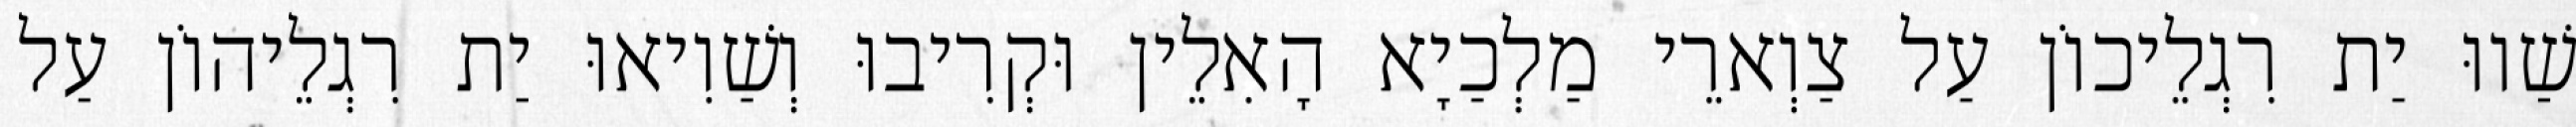
שַׁווּ יַת רִגְלֵיכוֹן עַל צַוְארֵי מַלְכַיָא הָאִלֵין וּקְרִיבוּ וְשַׁוִיאוּ יַת רִגְלֵיהוֹן עַל